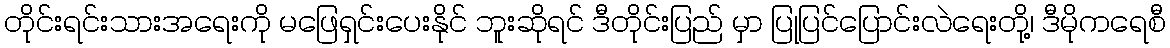
တိုင်းရင်းသားအရေးကို မဖြေရှင်းပေးနိုင် ဘူးဆိုရင် ဒီတိုင်းပြည် မှာ ပြုပြင်ပြောင်းလဲရေးတို့၊ ဒီမိုကရေစီ